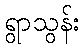
ရွာသွန်း